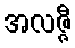
အလဇ္ဇီ